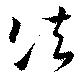
法